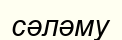
сәләму